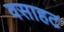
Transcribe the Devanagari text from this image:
वसाहट